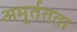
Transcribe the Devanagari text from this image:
अमूर्ततता